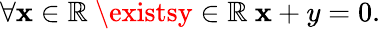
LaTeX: \forall\mathbf{x}\in\mathbb{{R}}\ \existsy\in\mathbb{{R}}\ \mathbf{x}+y=0.